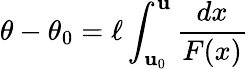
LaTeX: \theta-\theta_{0}=\ell\int_{\mathbf{u}_{0}}^{\mathbf{u}}\frac{{dx}}{{F(x)}}